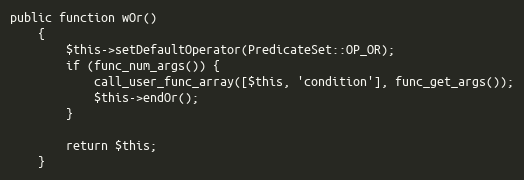
Language: PHP
public function wOr()
    {
        $this->setDefaultOperator(PredicateSet::OP_OR);
        if (func_num_args()) {
            call_user_func_array([$this, 'condition'], func_get_args());
            $this->endOr();
        }

        return $this;
    }